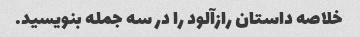
خلاصه داستان رازآلود را در سه جمله بنویسید.